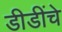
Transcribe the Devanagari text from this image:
डीडींचे